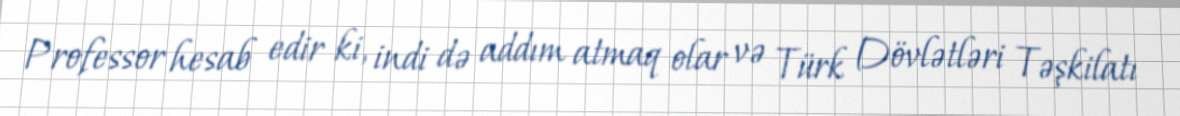
Professor hesab edir ki, indi də addım atmaq olar və Türk Dövlətləri Təşkilatı